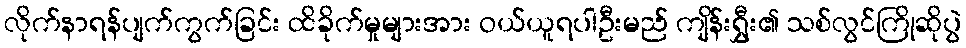
လိုက်နာရန်ပျက်ကွက်ခြင်း ထိခိုက်မှုများအား ဝယ်ယူရပါဦးမည် ကျိန်းရွှီး၏ သစ်လွင်ကြိုဆိုပွဲ